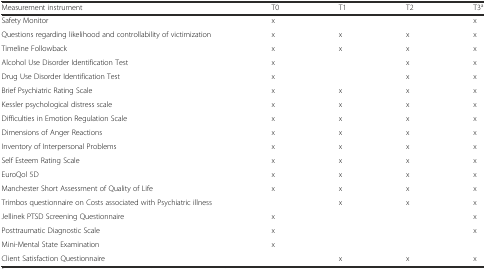
<table><thead><tr><td><b>Measurement instrument</b></td><td><b>T0</b></td><td><b>T1</b></td><td><b>T2</b></td><td><b>T3<sup>a</sup></b></td></tr></thead><tbody><tr><td>Safety Monitor</td><td>x</td><td></td><td></td><td>x</td></tr><tr><td>Questions regarding likelihood and controllability of victimization</td><td>x</td><td>x</td><td>x</td><td>x</td></tr><tr><td>Timeline Followback</td><td>x</td><td>x</td><td>x</td><td>x</td></tr><tr><td>Alcohol Use Disorder Identification Test</td><td>x</td><td></td><td>x</td><td>x</td></tr><tr><td>Drug Use Disorder Identification Test</td><td>x</td><td></td><td>x</td><td>x</td></tr><tr><td>Brief Psychiatric Rating Scale</td><td>x</td><td>x</td><td>x</td><td>x</td></tr><tr><td>Kessler psychological distress scale</td><td>x</td><td>x</td><td>x</td><td>x</td></tr><tr><td>Difficulties in Emotion Regulation Scale</td><td>x</td><td>x</td><td>x</td><td>x</td></tr><tr><td>Dimensions of Anger Reactions</td><td>x</td><td>x</td><td>x</td><td>x</td></tr><tr><td>Inventory of Interpersonal Problems</td><td>x</td><td>x</td><td>x</td><td>x</td></tr><tr><td>Self Esteem Rating Scale</td><td>x</td><td>x</td><td>x</td><td>x</td></tr><tr><td>EuroQol 5D</td><td>x</td><td>x</td><td>x</td><td>x</td></tr><tr><td>Manchester Short Assessment of Quality of Life</td><td>x</td><td>x</td><td>x</td><td>x</td></tr><tr><td>Trimbos questionnaire on Costs associated with Psychiatric illness</td><td></td><td>x</td><td>x</td><td>x</td></tr><tr><td>Jellinek PTSD Screening Questionnaire</td><td>x</td><td></td><td></td><td>x</td></tr><tr><td>Posttraumatic Diagnostic Scale</td><td>x</td><td></td><td></td><td>x</td></tr><tr><td>Mini-Mental State Examination</td><td>x</td><td></td><td></td><td></td></tr><tr><td>Client Satisfaction Questionnaire</td><td></td><td>x</td><td>x</td><td>x</td></tr></tbody></table>